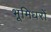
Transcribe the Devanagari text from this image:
भूमिधरों